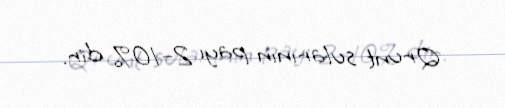
Qrunt sularının payı 2–10% dir.